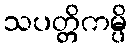
သပတ္တိကမ္ပိ